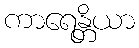
ကာရေန္တိယာ